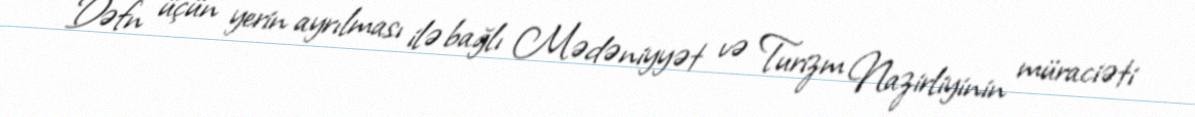
Dəfn üçün yerin ayrılması ilə bağlı Mədəniyyət və Turizm Nazirliyinin müraciəti